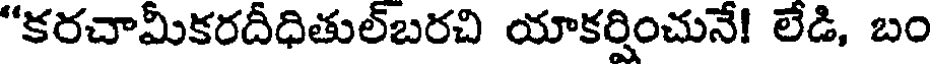
"కరచామీకరదీధితుల్బరచి యాకర్షించునే! లేడి, బం